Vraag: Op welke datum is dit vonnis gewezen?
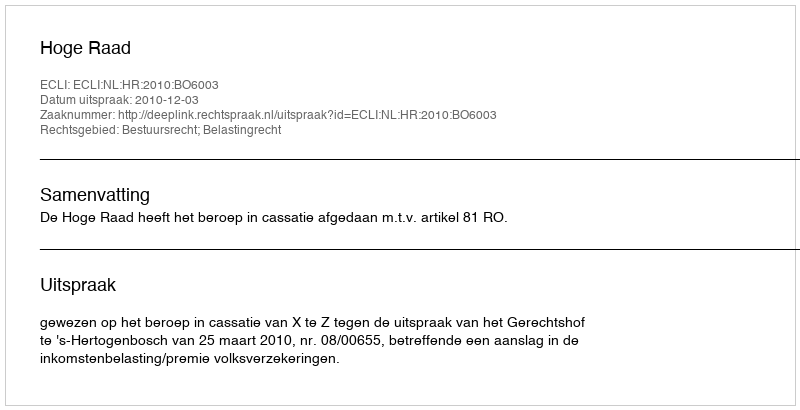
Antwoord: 2010-12-03